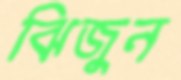
ঝিজুন